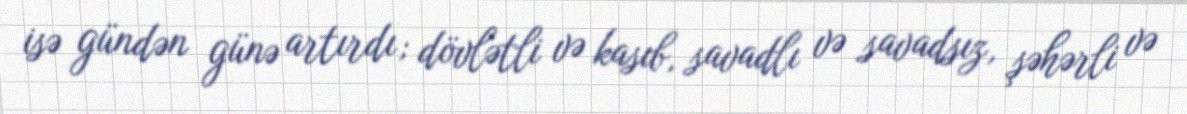
isə gündən günə artırdı; dövlətli və kasıb, savadlı və savadsız, şəhərli və